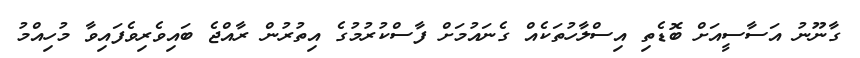
ގާނޫނު އަސާސީއަށް ބޮޑެތި އިސްލާހުތަކެއް ގެނައުމަށް ފާސްކުރުމުގެ އިތުރުން ރާއްޖެ ބައިވެރިވެފައިވާ މުހިއްމު